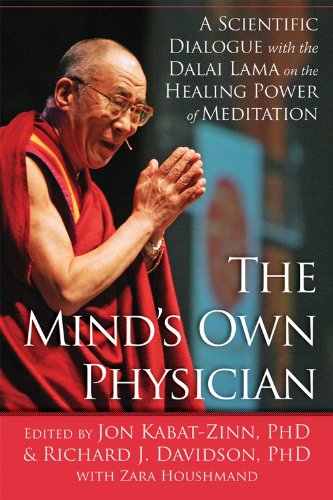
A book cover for The Mind's Own Physician: A Scientific Dialogue with the Dalai Lama on the Healing Power of Meditation; Religion & Spirituality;